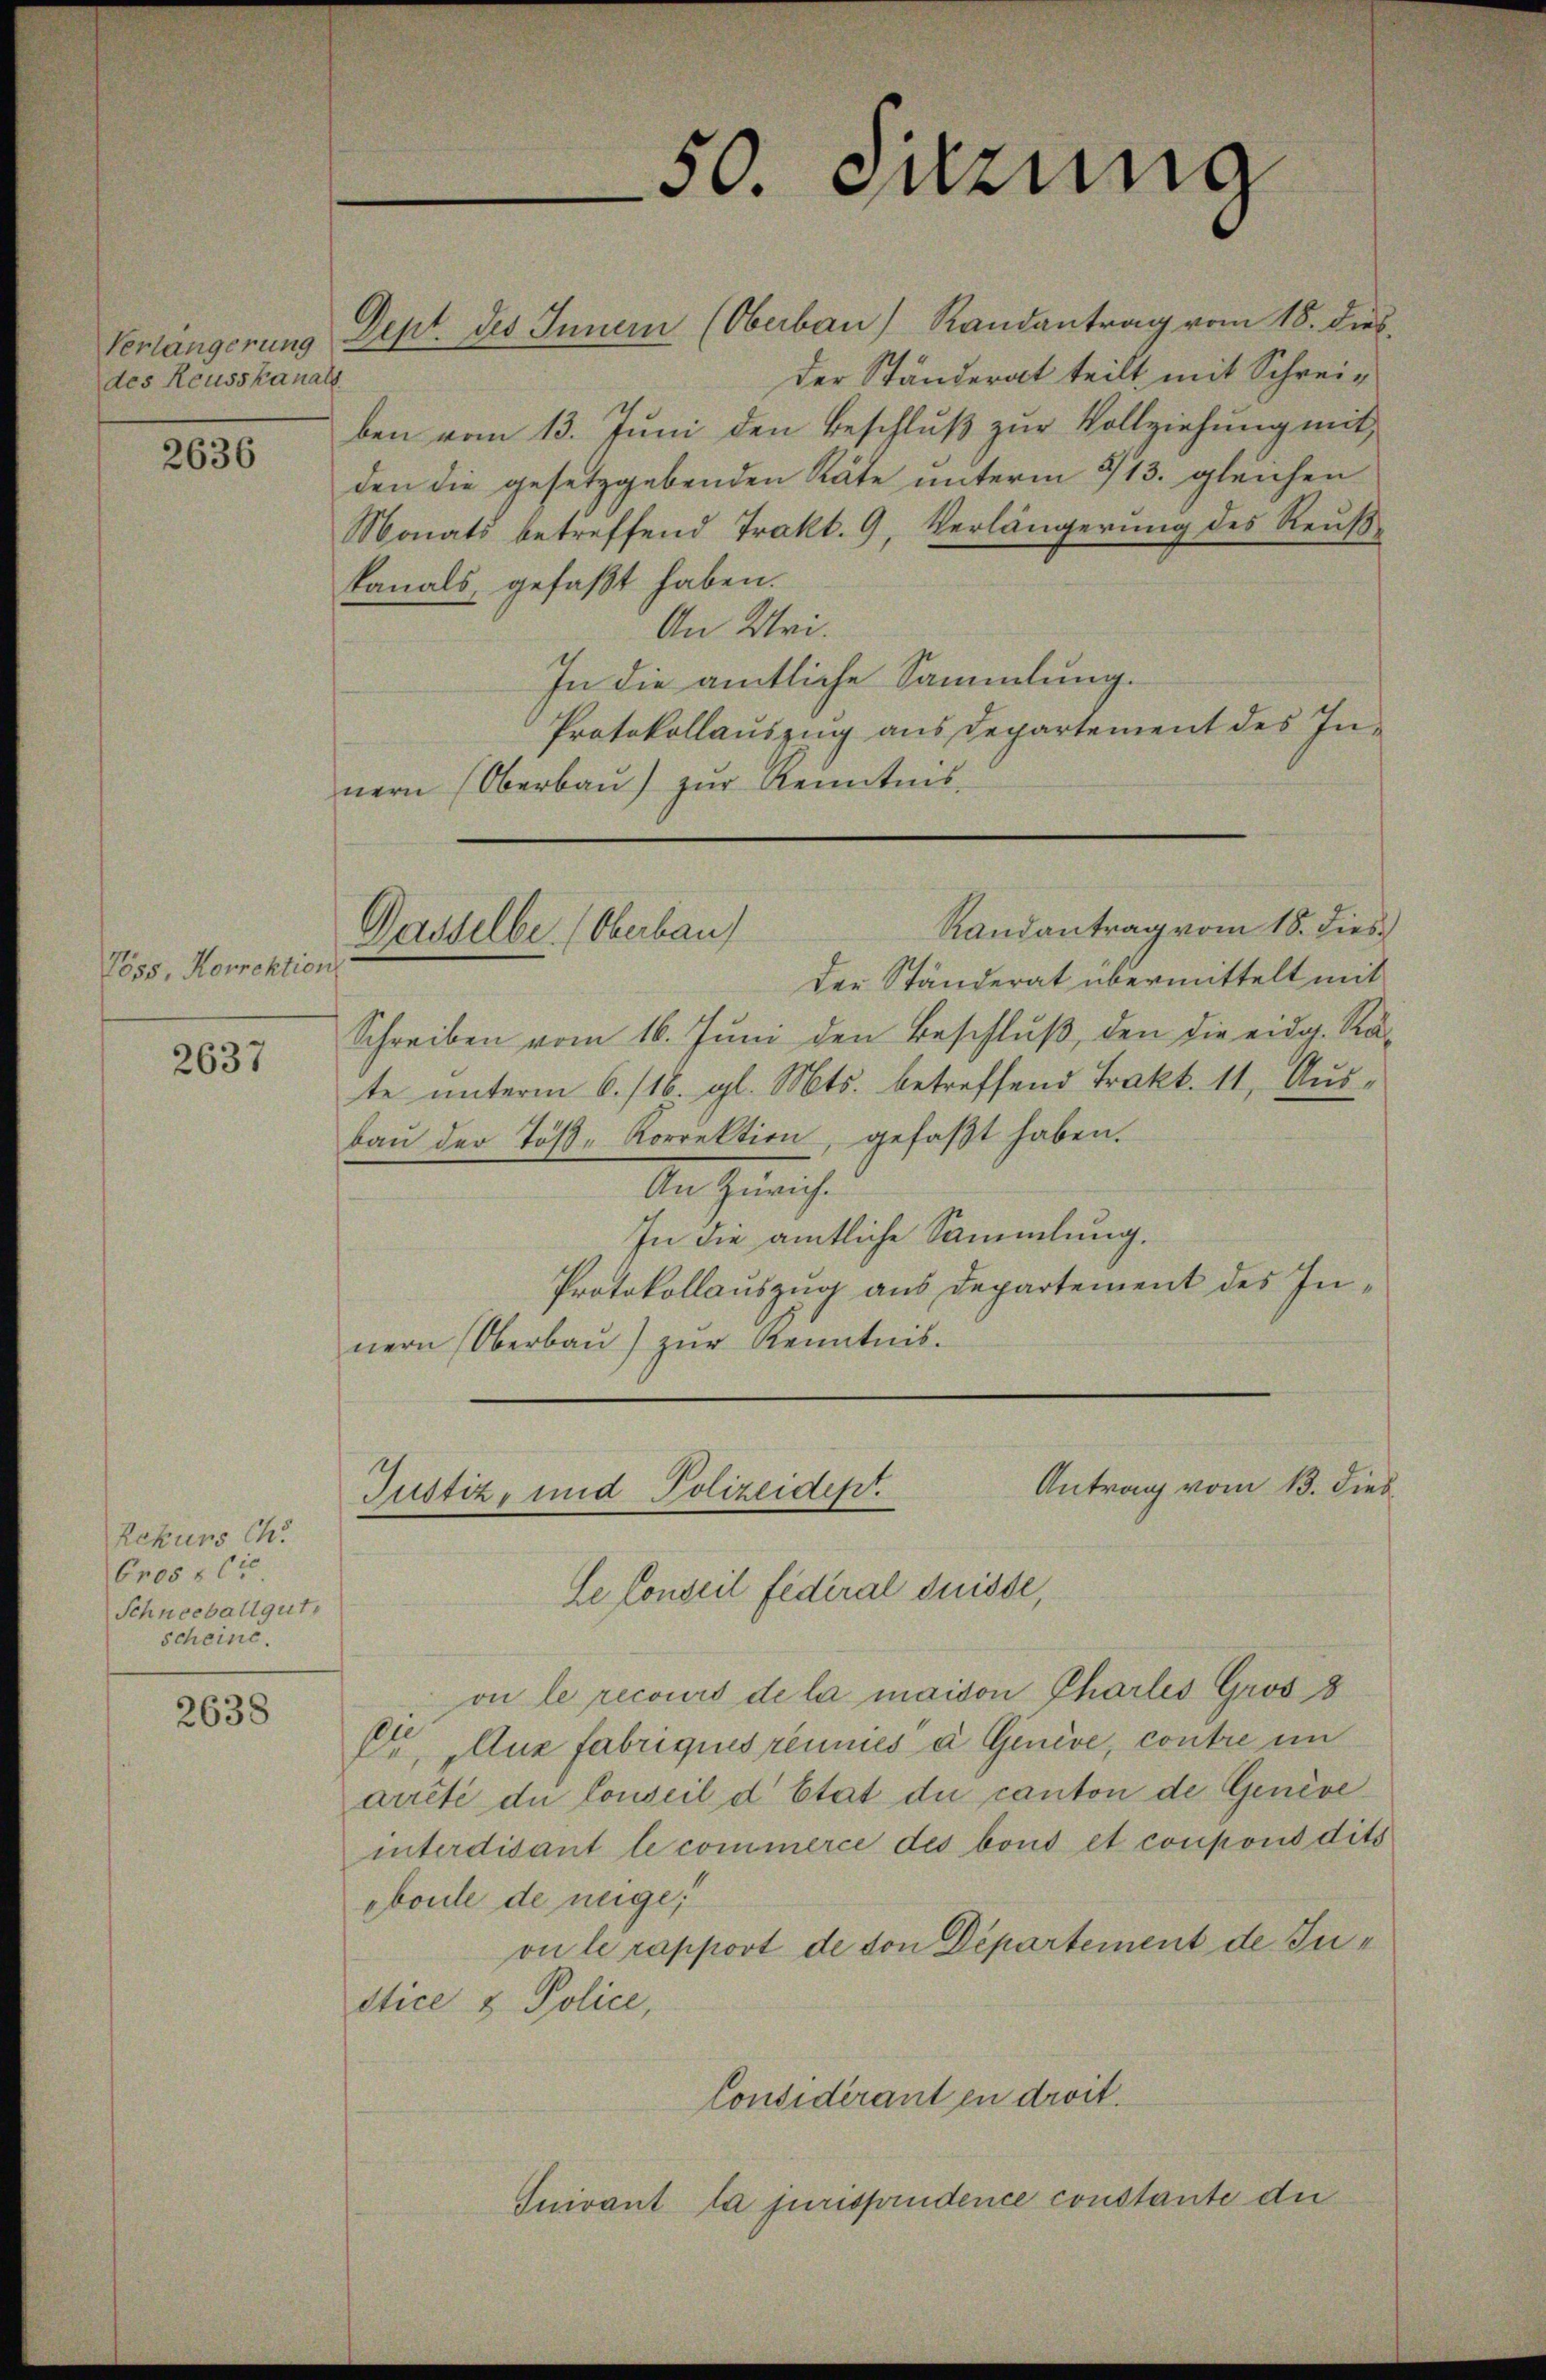
des Reusskanals

2636

Töss, Korrektion

2637

Rekurs Ch
bros 504.
Schneeball gut,
scheint.

2638

Verlängerung Dept. des Inner (Oberbau, Randantrag vom 18. dies
ben vom 13. Jŭni den Beschlŭβ zŭr Vollziehung mit
den die gesetzgebenden Räte unterm 913. gleichen
Monats betreffend Trakt. 9, Verlängerung des Reußkanals, gefaßt haben.
An Uri.
In die amtliche Sammlung.
Protokollauszug aus Departement des Innern (Oberbaŭ zŭr Kenntnis

Dasselbe (Oberbau

50. Jung

Antrag vom 13. Dieb
Justiz, und Polizeidepr
le Conseil fédéral Suisse,

der Ständerat teilt mit Schrei¬

Randantrag vom 18. dies
der Ständerat übermittelt mit
Schreiben vom 16. Jŭni den Beschlŭβ den die eidg. Ra-
te unterm 6./16. gl. Mts. betreffend Trakt. 11, Aus-
baŭ der Töβ-Korrektion, gefaβt haben.
In Gericht
In die amtliche Sammlung.
Protokollauszug aus Departement des Innern Oberbaŭ) zŭr Kenntnis.

on le recours de la maison Chartes Gros 8
Dr. Aux fabriques réuniés d Genève, contre im
aicté du Conseil d’Etat du canton de Genève
interdisant le commerce des bond et coupons dits
eboule de neige,
on le rapport de von Departement de Justice & Police,
Considérant en droit.
Suivant la jurisprudence constante die